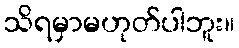
သိရမှာမဟုတ်ပါဘူး။